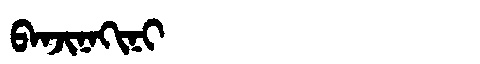
Manchu: ᠪᠠᠨᠵᡳᠨᠠᡴᡳᠨᡳ
Romanization: BANJINAKINI